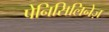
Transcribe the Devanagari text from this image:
पेनिसिलिनेज़